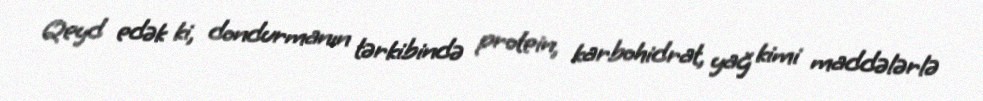
Qeyd edək ki, dondurmanın tərkibində protein, karbohidrat, yağ kimi maddələrlə